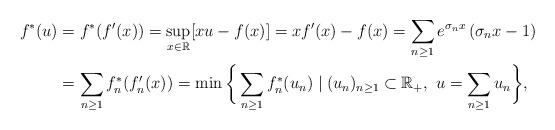
LaTeX: \begin{align*}f^{\ast}(u) & =f^{\ast}(f^{\prime}(x))=\sup_{x\in\mathbb{R}}[xu-f(x)]=xf^{\prime}(x)-f(x)=\sum_{n\geq1}e^{\sigma_{n}x}\left( \sigma_{n}x-1\right) \\& =\sum_{n\geq1}f_{n}^{\ast}(f_{n}^{\prime}(x))=\min\bigg\{\sum_{n\geq1}f_{n}^{\ast}(u_{n})\mid(u_{n})_{n\geq1}\subset\mathbb{R}_{+},\ u=\sum_{n\geq1}u_{n}\bigg\}, \end{align*}